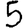
Digit: 5